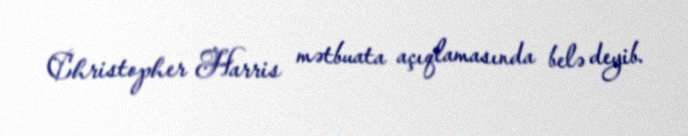
Christopher Harris mətbuata açıqlamasında belə deyib.